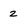
Character: 2